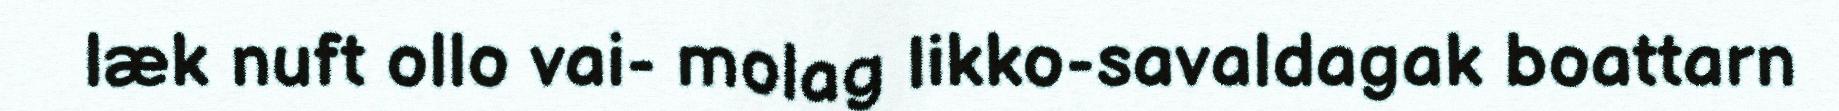
læk nuft ollo vai- molag likko-savaldagak boattarn